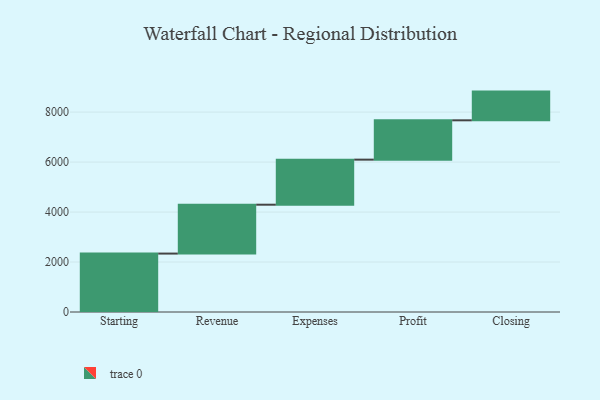
{"axis": {"x": "Step", "y": "Value"}, "legend": [""], "data": [{"x": "Starting", "y": 2338.0, "type": ""}, {"x": "Revenue", "y": 1956.0, "type": ""}, {"x": "Expenses", "y": 1803.0, "type": ""}, {"x": "Profit", "y": 1574.0, "type": ""}, {"x": "Closing", "y": 1149.0, "type": ""}]}